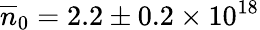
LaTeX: \overline{{n}}_{0}=2.2\pm 0.2\times\mathrm{10^{18}}